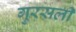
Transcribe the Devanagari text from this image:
गुरसली